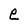
Character: e